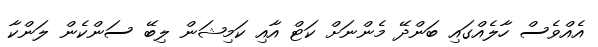
އެއްވެސް ހާލެއްގައި ބަަންދޭ މެންނަށް ކަޓް އާއި ކަމިޝަން ލިބޭ ސަންކެން ލަންކާ